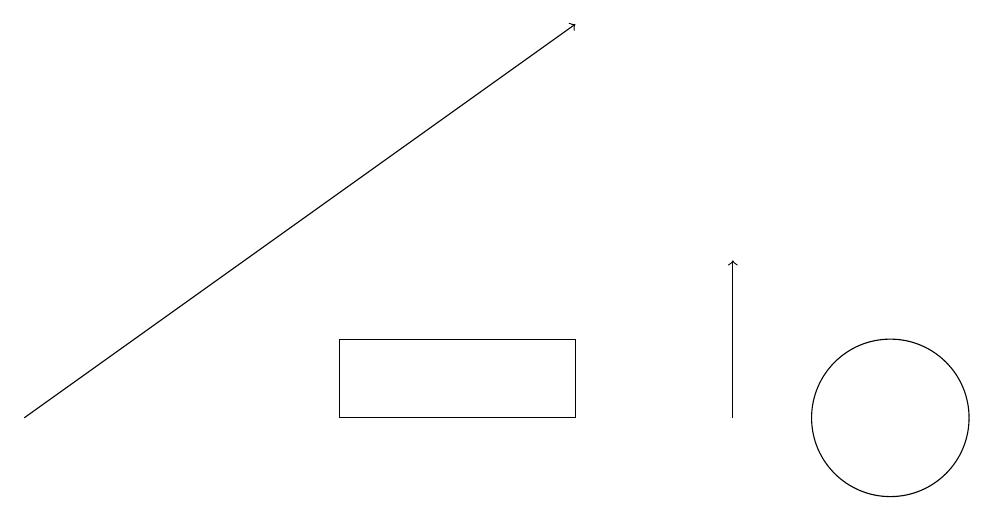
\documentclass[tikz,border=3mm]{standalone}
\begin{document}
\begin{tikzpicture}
\draw (7,12) rectangle (4,11);
\draw[->] (0,11) -- (7,16);
\draw[->] (9,11) -- (9,13);
\draw (11,11) circle (1);
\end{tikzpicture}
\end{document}